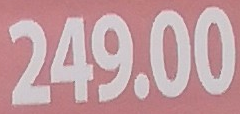
249.00